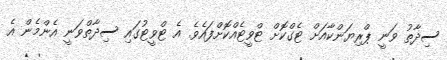
ސިދާތު ވަނީ ޕްރިޔަންކާއަށް ޓެގްކޮށް ޓްވީޓެއްކޮށްފައެވެ. އެ ޓްވީޓުގައި ސިދާތްވަނީ އެންމެން އެ